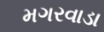
મગરવાડા